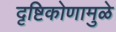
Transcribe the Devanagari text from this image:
दृष्टिकोणामुळे